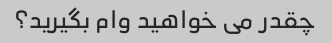
چقدر می خواهید وام بگیرید؟